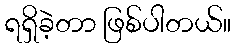
ရရှိခဲ့တာ ဖြစ်ပါတယ်။